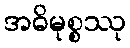
အဓိမုစ္စဿု